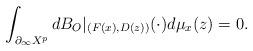
LaTeX: \begin{align*}\int_{\partial_\infty X^p} dB_O|_{(F(x),D(z))}(\cdot)d\mu_x(z)=0. \end{align*}